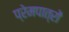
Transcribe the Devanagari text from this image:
प्रेमपात्रों